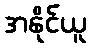
အနိုင်ယူ